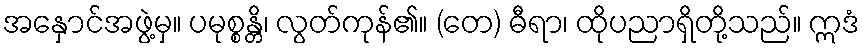
အနှောင်အဖွဲ့မှ။ ပမုစ္စန္တိ၊ လွတ်ကုန်၏။ (တေ) ဓီရာ၊ ထိုပညာရှိတို့သည်။ ဣဒံ